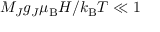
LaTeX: M _ { J } g _ { J } \mu _ { \mathrm { B } } H / k _ { \mathrm { B } } T \ll 1